Indian journal of veterinary science and animal husbandry - Volumes 15-17, 1948-1951
Year: 1948
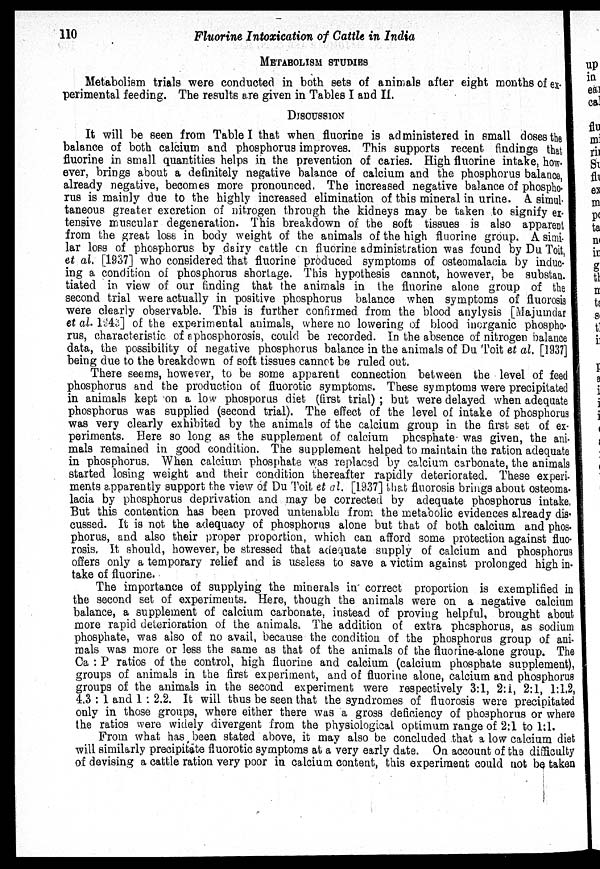
110
Fluorine Intoxication of Cattle in India
METABOLISM STUDIES
Metabolism trials were conducted in both sets of animals after eight months of ex-
perimental feeding. The results are given in Tables I and II.
DISCUSSION
It will be seen from Table I that when fluorine is administered in small doses the
balance of both calcium and phosphorus improves. This supports recent findings that
fluorine in small quantities helps in the prevention of caries. High fluorine intake, how-
ever, brings about a definitely negative balance of calcium and the phosphorus balance,
already negative, becomes more pronounced. The increased negative balance of phospho-
rus is mainly due to the highly increased elimination of this mineral in urine. A simul-
taneous greater excretion of nitrogen through the kidneys may be taken to signify ex-
tensive muscular degeneration. This breakdown of the soft tissues is also apparent
from the great loss in body weight of the animals of the high fluorine group. A simi-
lar loss of phosphorus by dairy cattle on fluorine administration was found by Du Toit,
et al. [1937] who considered that fluorine produced symptoms of osteomalacia by induc-
ing a condition of phosphorus shortage. This hypothesis cannot, however, be substan.
tiated in view of our finding that the animals in the fluorine alone group of the
second trial were actually in positive phosphorus balance when symptoms of fluorosis
were clearly observable. This is further confirmed from the blood anylysis [Majumdar
et al. 1943] of the experimental animals, where no lowering of blood inorganic phospho-
rus, characteristic of aphosphorosis, could be recorded. In the absence of nitrogen balance
data, the possibility of negative phosphorus balance in the animals of Du Toit et al. [1937]
being due to the breakdown of soft tissues cannot be ruled out.
There seems, however, to be some apparent connection between the level of feed
phosphorus and the production of fluorotic symptoms. These symptoms were precipitated
in animals kept on a low phosporus diet (first trial) ; but were delayed when adequate
phosphorus was supplied (second trial). The effect of the level of intake of phosphorus
was very clearly exhibited by the animals of the calcium group in the first set of ex-
periments. Here so long as the supplement of calcium phosphate was given, the ani-
mals remained in good condition. The supplement helped to maintain the ration adequate
in phosphorus. When calcium phosphate was replaced by calcium carbonate, the animals
started losing weight and their condition thereafter rapidly deteriorated. These experi-
ments apparently support the view of Du Toit et al. [1937] that fluorosis brings about osteoma-
lacia by phosphorus deprivation and may be corrected by adequate phosphorus intake.
But this contention has been proved untenable from the metabolic evidences already dis
cussed. It is not the adequacy of phosphorus alone but that of both calcium and phos-
phorus, and also their proper proportion, which can afford some protection against fluo-
rosis. It should, however, be stressed that adequate supply of calcium and phosphorus
offers only a temporary relief and is useless to save a victim against prolonged high in-
take of fluorine.
The importance of supplying the minerals in correct proportion is exemplified in
the second set of experiments. Here, though the animals were on a negative calcium
balance, a supplement of calcium carbonate, instead of proving helpful, brought about
more rapid deterioration of the animals. The addition of extra phosphorus, as sodium
phosphate, was also of no avail, because the condition of the phosphorus group of ani-
mals was more or less the same as that of the animals of the fluorine-alone group. The
Ca : P ratios of the control, high fluorine and calcium (calcium phosphate supplement),
groups of animals in the first experiment, and of fluorine alone, calcium and phosphorus
groups of the animals in the second experiment were respectively 3:1, 2:1, 2:1, 1:1.2,
4.3 : 1 and 1 : 2.2. It will thus be seen that the syndromes of fluorosis were precipitated
only in those groups, where either there was a gross deficiency of phosphorus or where
the ratios were widely divergent from the physiological optimum range of 2:1 to 1:1.
From what has been stated above, it may also be concluded that a low calcium diet
will similarly precipitate fluorotic symptoms at a very early date. On account of the difficulty
of devising a cattle ration very poor in calcium content, this experiment could not be taken